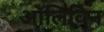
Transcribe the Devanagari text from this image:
ऑलिविन